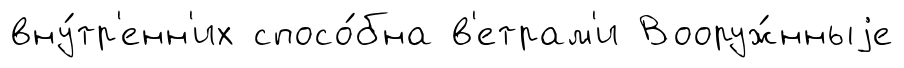
вну́тр'енн'их спосо́бна в'етрам'и Вооруж́нныjе